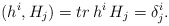
\begin{align*}(h^{i},H_{j})=tr\,h^{i}\,H_{j}=\delta_{j}^{i}.\end{align*}